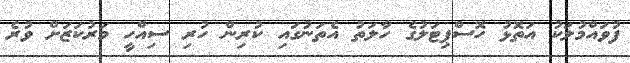
ފުވައްމުލަކު އަތޮޅު ހޮސްޕިޓަލުގެ ހާލަތު އެތަނުގައި ކުރިން ހުރި ސިއްހީ މަރުކަޒަށް ވުރެ